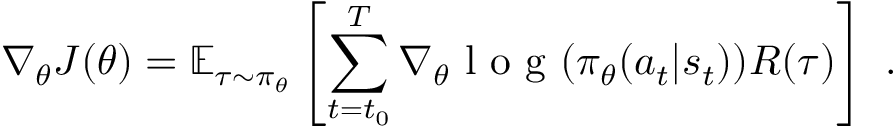
\nabla _ { \theta } J ( \theta ) = \mathbb { E } _ { \tau \sim \pi _ { \theta } } \left[ \sum _ { { t = t _ { 0 } } } ^ { T } \nabla _ { \theta } \mathrm { ~ l ~ o ~ g ~ } ( \pi _ { \theta } ( a _ { t } | s _ { t } ) ) R ( \tau ) \right] ~ .